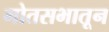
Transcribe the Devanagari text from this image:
गोतसभातून